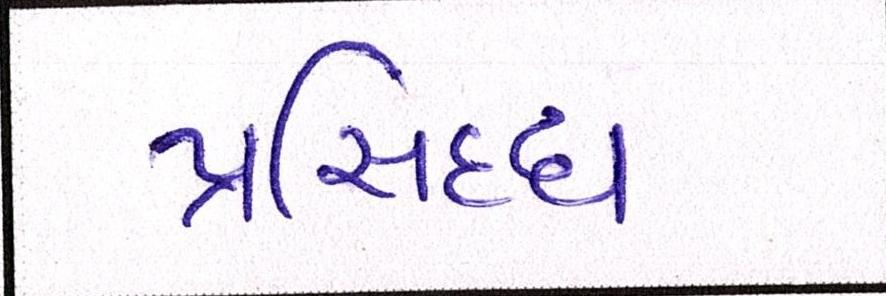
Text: પ્રસિધ્ધ